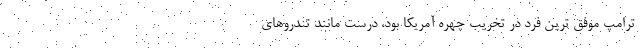
ترامپ موفق ترین فرد در تخریب چهره آمریکا بود، درست مانند تندروهای